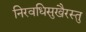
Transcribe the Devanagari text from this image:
निरवधिसुखैरस्तु